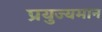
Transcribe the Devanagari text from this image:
प्रयुज्यमान